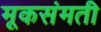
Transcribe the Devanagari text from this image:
मूकसंमती